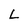
Character: L